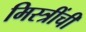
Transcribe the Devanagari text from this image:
मिस्त्रींची